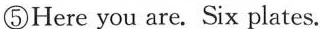
⑤Here you are. Six plates.